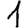
Digit: 1